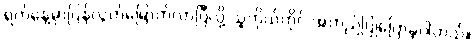
ရက်နေ့မှာပြန်လွတ်မြောက်လာပြီလို့ သူကိုယ်တိုင် အတည်ပြုပြောခဲ့ပါတယ်။